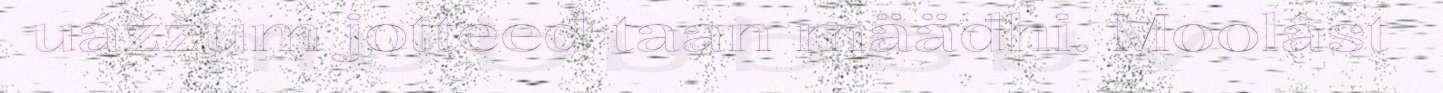
uážžum jotteeđ taan määđhi. Moolâst